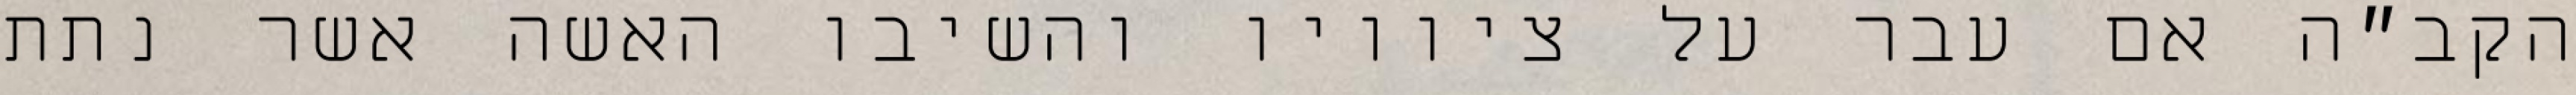
הקב״ה אם עבר על ציוויו והשיבו האשה אשר נתת